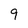
Character: 9